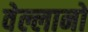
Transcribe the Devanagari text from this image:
वेल्लानो